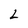
Character: 2